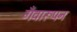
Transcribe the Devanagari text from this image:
गँवारूपन